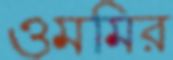
ওমমির